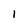
Character: 1